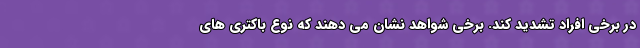
در برخی افراد تشدید کند. برخی شواهد نشان می دهند که نوع باکتری های